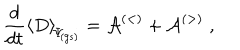
\frac { d } { d t } \left\langle D \right\rangle _ { \scriptstyle \! \Psi _ { \mathrm { \! { \scriptscriptstyle ( g s ) } } } } = { \mathcal A } ^ { ( < ) } + { \mathcal A } ^ { ( > ) } \; ,